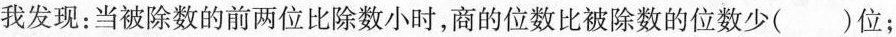
我发现：当被除数的前两位比除数小时，商的位数比被除数的位数少（）位；